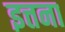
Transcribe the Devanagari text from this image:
इत्तना